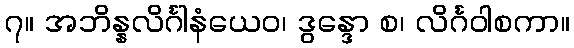
၇။ အဘိန္နလိင်္ဂါနံယေဝ၊ ဒွန္ဒော စ၊ လိင်္ဂဝါစကာ။